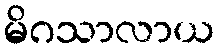
မိဂသာလာယ